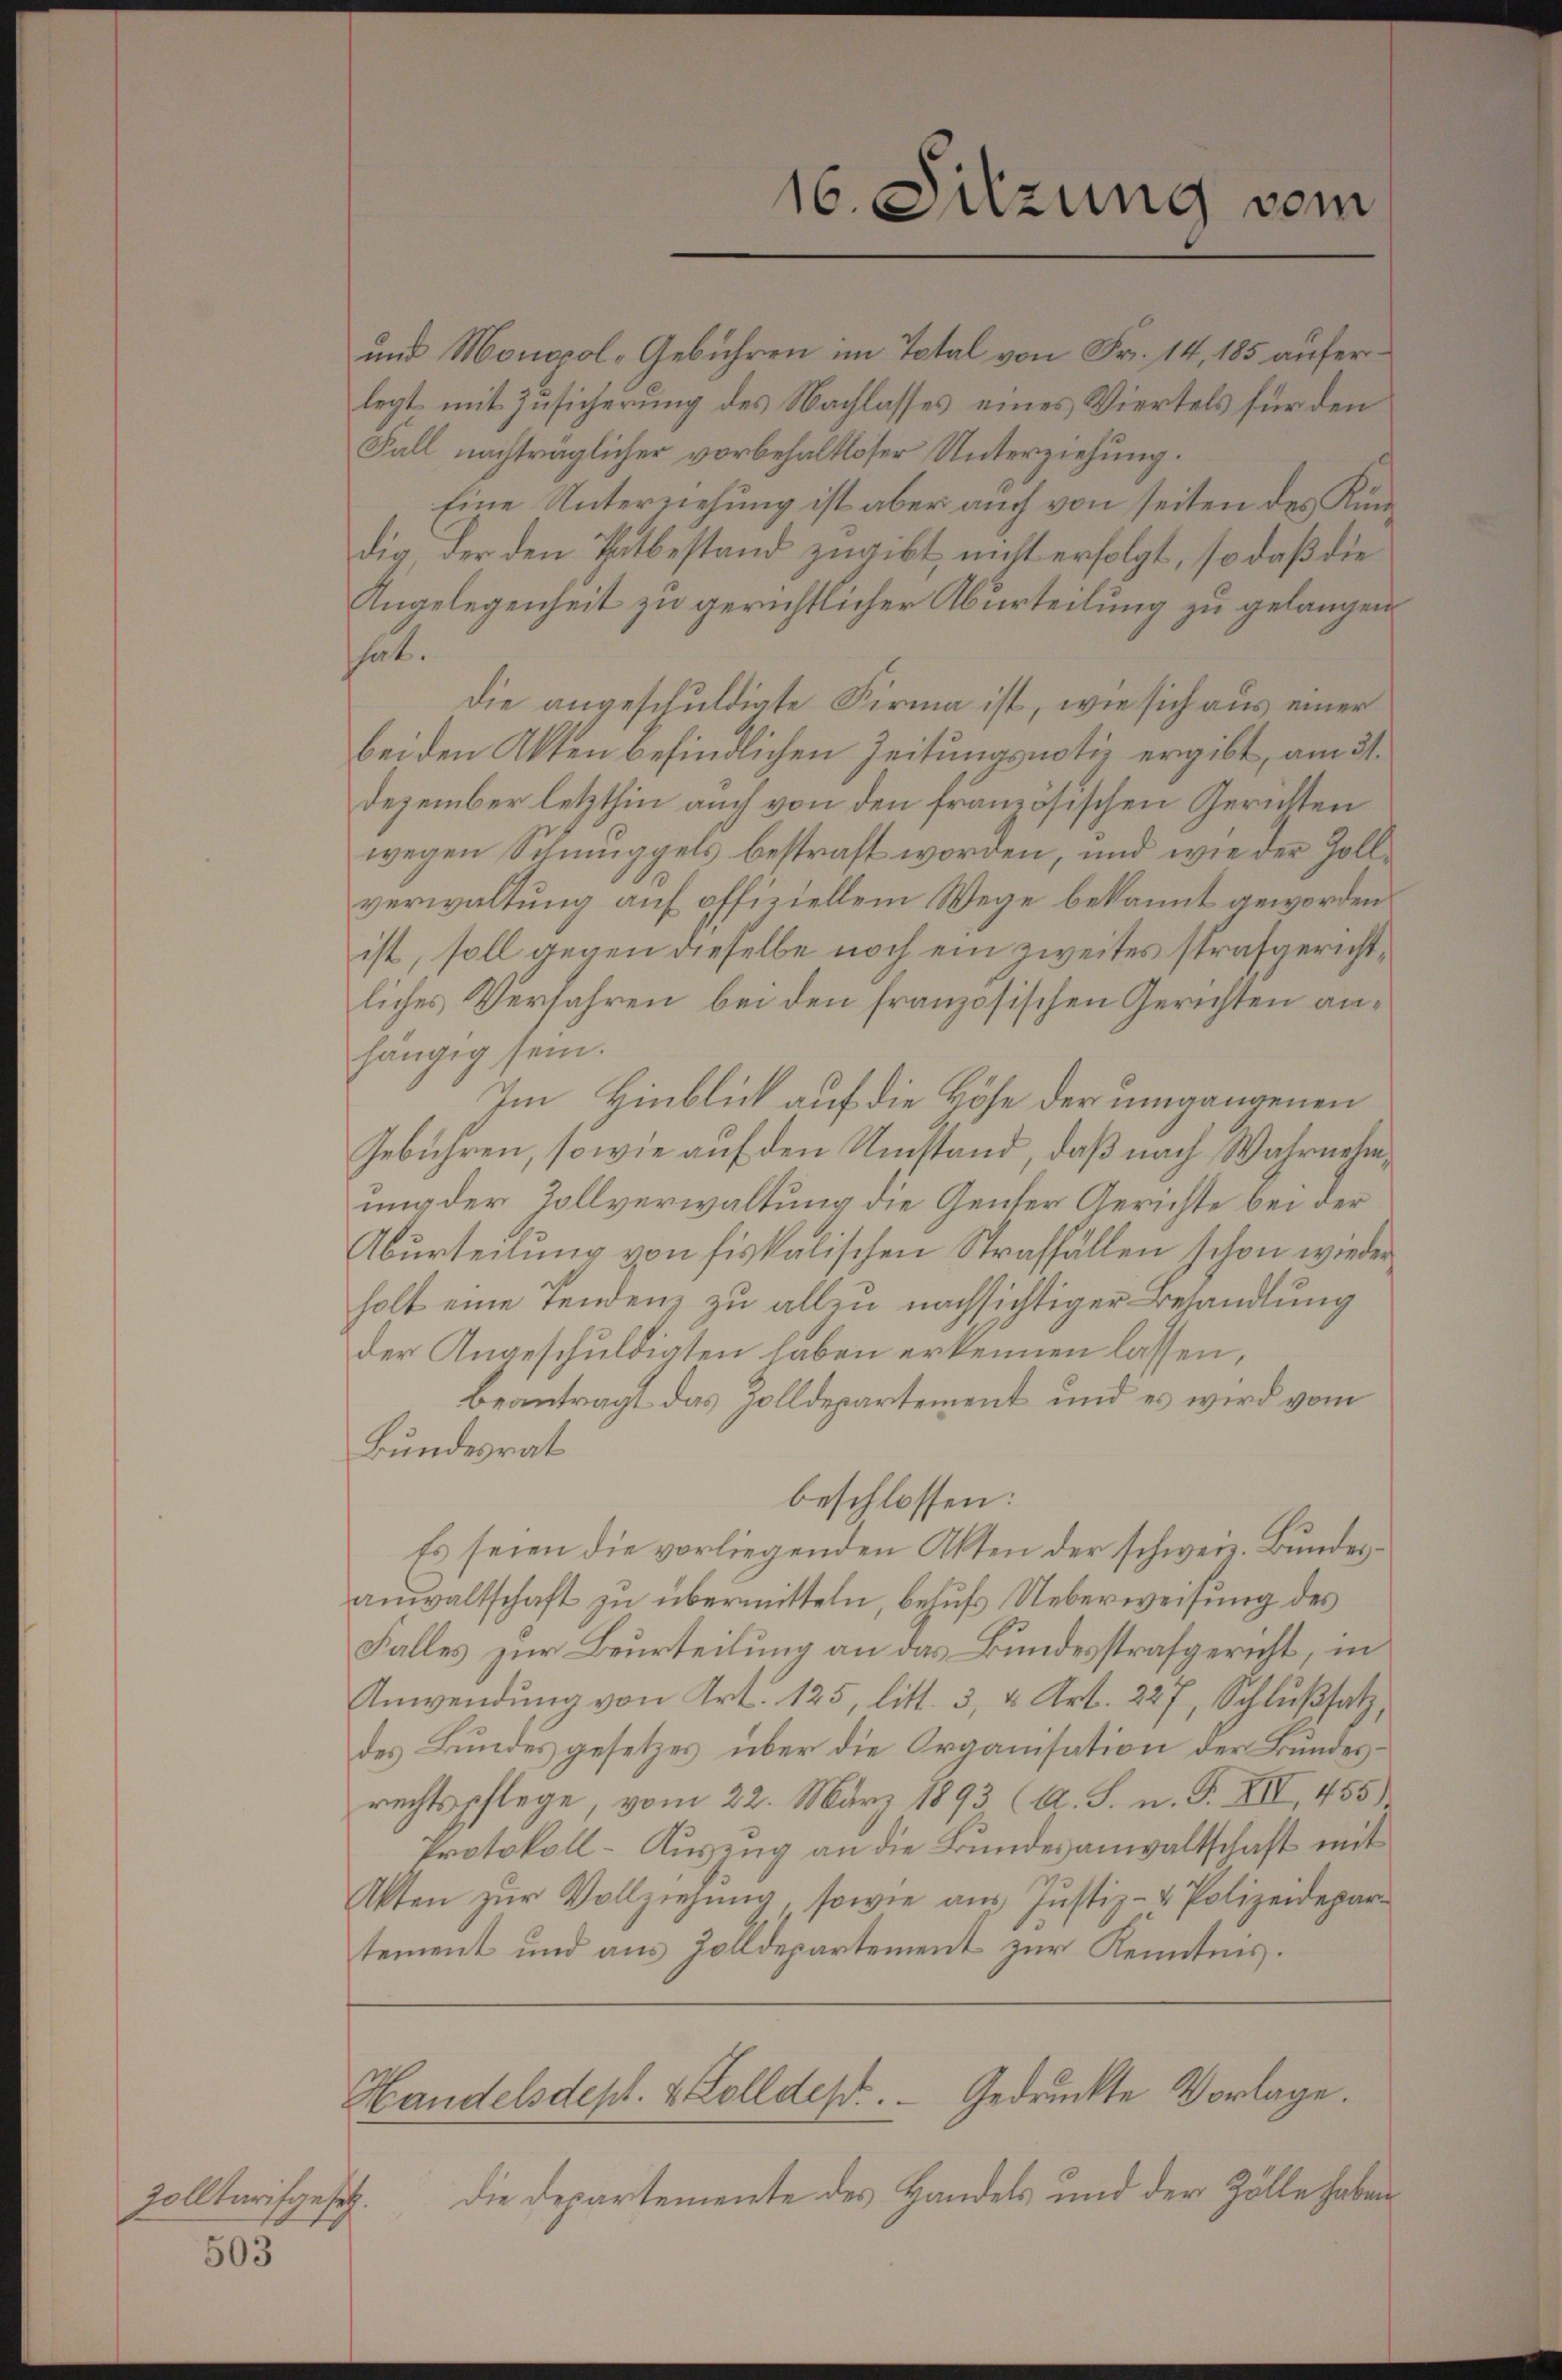
Zolltarifgesetz.

503

f

hat.
hängig sein.
Im Hinblick auf die Höhe der umgangenen
Gebühren, sowie auf den Umstand, daß nach Wahrnehmung der Zollverwaltung die Gener Gerichte bei der
Aburteilung von fiskalischen Straffällen schon wieder
holt eine Tendenz zu allzu nachsichtiger Behandlung
der Angeschuldigten haben erkennen lassen,
beantragt das Zolldepartement und es wird vom
Bundesrat
beschlossen:
Es seien die vorliegenden Akten der schweiz. Bundesanwaltschaft zu übermitteln, behufs Ueberweisung des
Falles zur Beurteilung an das Bundesstrafgericht, in
Anwendung von Art. 125, litt. 3, 4 Art. 227, Schlußsatz,
des Bundes gesetzes über die Organisation der Bundesrechtspflege, vom 22. März 1893 (A. S. n. F. XII, 455)
Protokoll-Auszug an die Bundesanwaltschaft mit
Akten zŭr Vollziehŭng, sowie aŭs Jŭstiz- & Polizeidepar-
tement und aus Zolldepartement zur Kenntnis.
Handelsdept. 8 Zolldes Gedruckte Vorlage.
die Departemente des Handels und der Zölle haben

16. Sitzung vom

und Monopol -Gebühren im Total von Fr. 14, 185 auferlegt mit Zusicherung des Nachlasses eines Viertels für den
Fall nachträglicher vorbehaltloser Unterziehung.
Eine Unterziehung ist aber auch von seiten des Kündig der den Thatbestand zugibt, nicht erfolgt, so daß die
Angelegenheit zu gerichtlicher Aburteilung zu gelangen.
Die angeschuldigte Firma ist, wie sich aus einer
bei den Akten befindlichen Zeitungsnotiz ergibt, am 31.
Dezember letzthin auch von den französischen Gerichten
wegen Schmuggels bestraft worden, und wie der Zollverwaltung auf offiziellem Wege bekannt geworden.
ist, soll gegen dieselbe noch ein zweites strafgerichtliches Verfahren bei den französischen Gerichten an¬